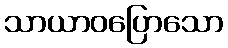
သာယာဝပြောသော